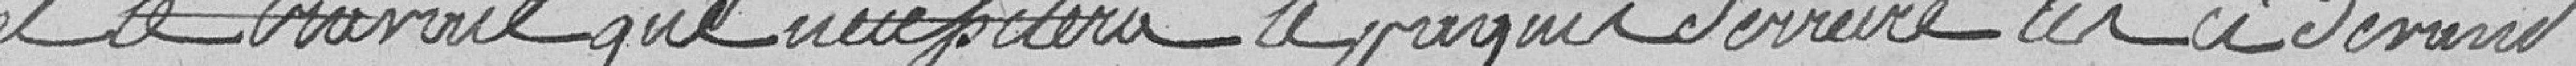
et le travail que nécessitera le paquet derrière les ci-devant